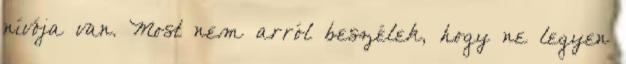
nívója van. Most nem arról beszélek, hogy ne legyen